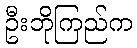
ဦးဘိုကြည်က